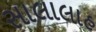
સાલાલાહ